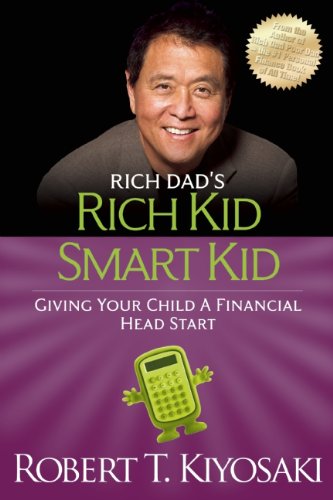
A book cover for Rich Kid Smart Kid: Giving Your Child a Financial Head Start (Rich Dad's); Robert T. Kiyosaki; Parenting & Relationships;